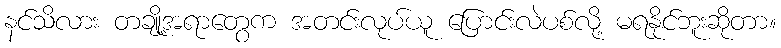
နင်သိလား တချို့အရာတွေက အတင်းလုပ်ယူ ပြောင်းလဲပစ်လို့ မရနိုင်ဘူးဆိုတာ။